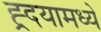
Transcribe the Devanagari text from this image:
ह्र्दयामध्ये